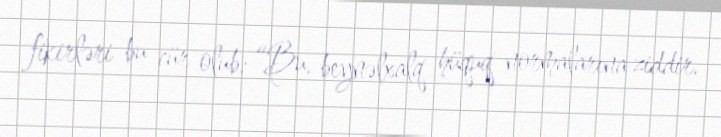
fikirləri bu cür olub: “Bu, beynəlxalq hüquq normalarına ziddir.